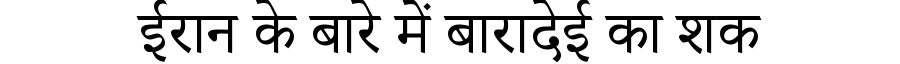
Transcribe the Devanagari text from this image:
ईरान के बारे में बारादेई का शक